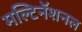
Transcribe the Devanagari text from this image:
मल्टिनॅशनल